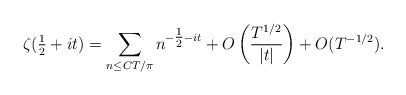
LaTeX: \begin{align*} \zeta(\tfrac{1}{2} +it) = \sum_{n \leq CT/\pi}{n^{-\tfrac{1}{2} - it}} + O \left(\frac{T^{1/2}}{\vert t \vert} \right)+ O(T^{-1/2}). \end{align*}